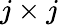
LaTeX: j\times j